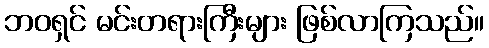
ဘဝရှင် မင်းတရားကြီးများ ဖြစ်လာကြသည်။